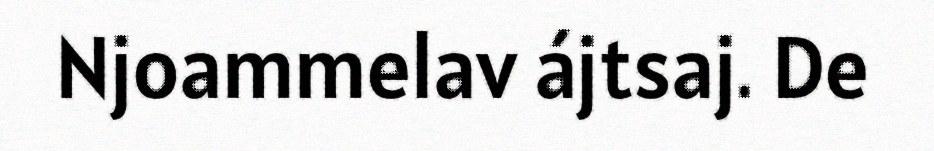
Njoammelav ájtsaj. De